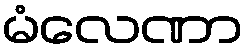
မံလေဏာ